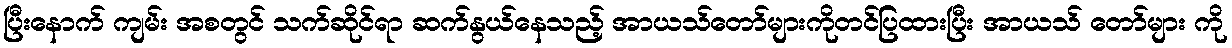
ပြီးနောက် ကျမ်း အစတွင် သက်ဆိုင်ရာ ဆက်နွယ်နေသည့် အာယသ်တော်များကိုတင်ပြထားပြီး အာယသ် တော်များ ကို